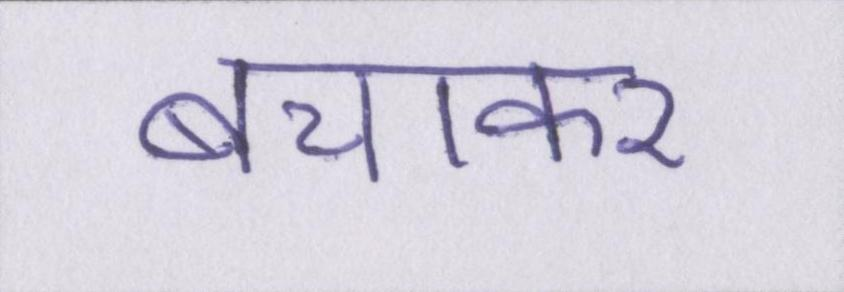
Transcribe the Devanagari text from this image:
बचाकर